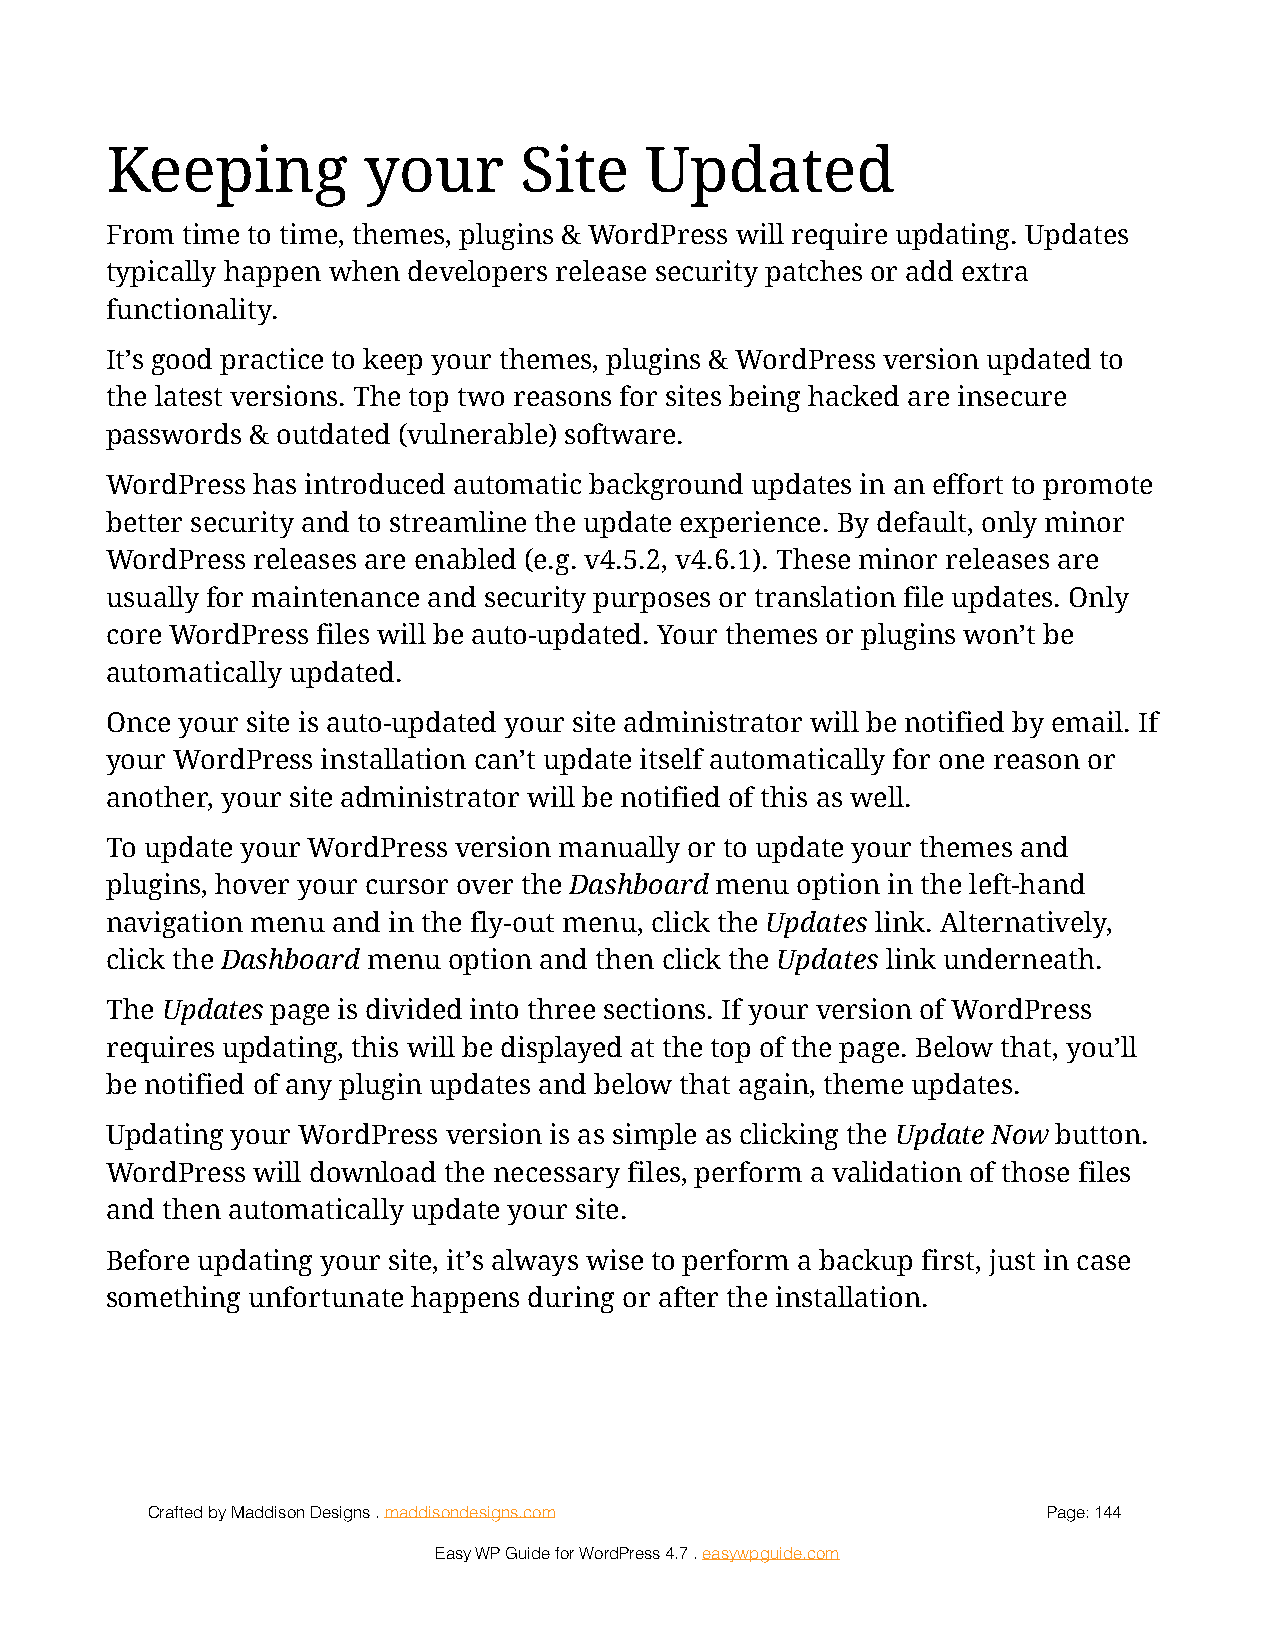
Keeping          your      Site     Updated
 From time to time, themes, plugins & WordPress will require updating. Updates
 typically happen when developers release security patches or add extra
 functionality.
 It’s good practice to keep your themes, plugins & WordPress version updated to
 the latest versions. The top two reasons for sites being hacked are insecure
 passwords & outdated (vulnerable) software.
 WordPress has introduced automatic background updates in an effort to promote
 better security and to streamline the update experience. By default, only minor
 WordPress releases are enabled (e.g. v4.5.2, v4.6.1). These minor releases are
 usually for maintenance and security purposes or translation file updates. Only
 core WordPress files will be auto-updated. Your themes or plugins won’t be
 automatically updated.
 Once your site is auto-updated your site administrator will be notified by email. If
 your WordPress installation can’t update itself automatically for one reason or
 another, your site administrator will be notified of this as well.
 To update your WordPress version manually or to update your themes and
 plugins, hover your cursor over the Dashboard menu option in the left-hand
 navigation menu and in the fly-out menu, click the Updates link. Alternatively,
 click the Dashboard menu option and then click the Updates link underneath.
 The Updates page is divided into three sections. If your version of WordPress
 requires updating, this will be displayed at the top of the page. Below that, you’ll
 be notified of any plugin updates and below that again, theme updates.
 Updating your WordPress version is as simple as clicking the Update Now button.
 WordPress will download the necessary files, perform a validation of those files
 and then automatically update your site.
 Before updating your site, it’s always wise to perform a backup first, just in case
 something unfortunate happens during or after the installation.
 Crafted by Maddison Designs . maddisondesigns.com          Page: 1 44
 Easy WP Guide for WordPress 4.7 . easywpguide.com